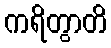
ကရိတွာတိ